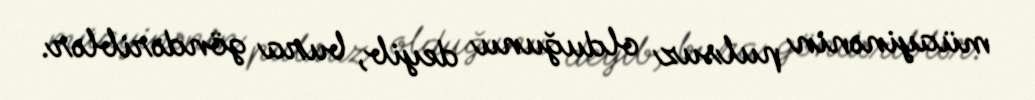
müayinənin pulsuz olduğunu deyib, bura göndəriblər.